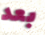
بعد